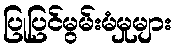
ပြုပြင်မွမ်းမံမှုများ